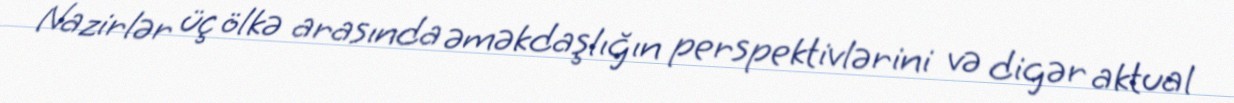
Nazirlər üç ölkə arasında əməkdaşlığın perspektivlərini və digər aktual